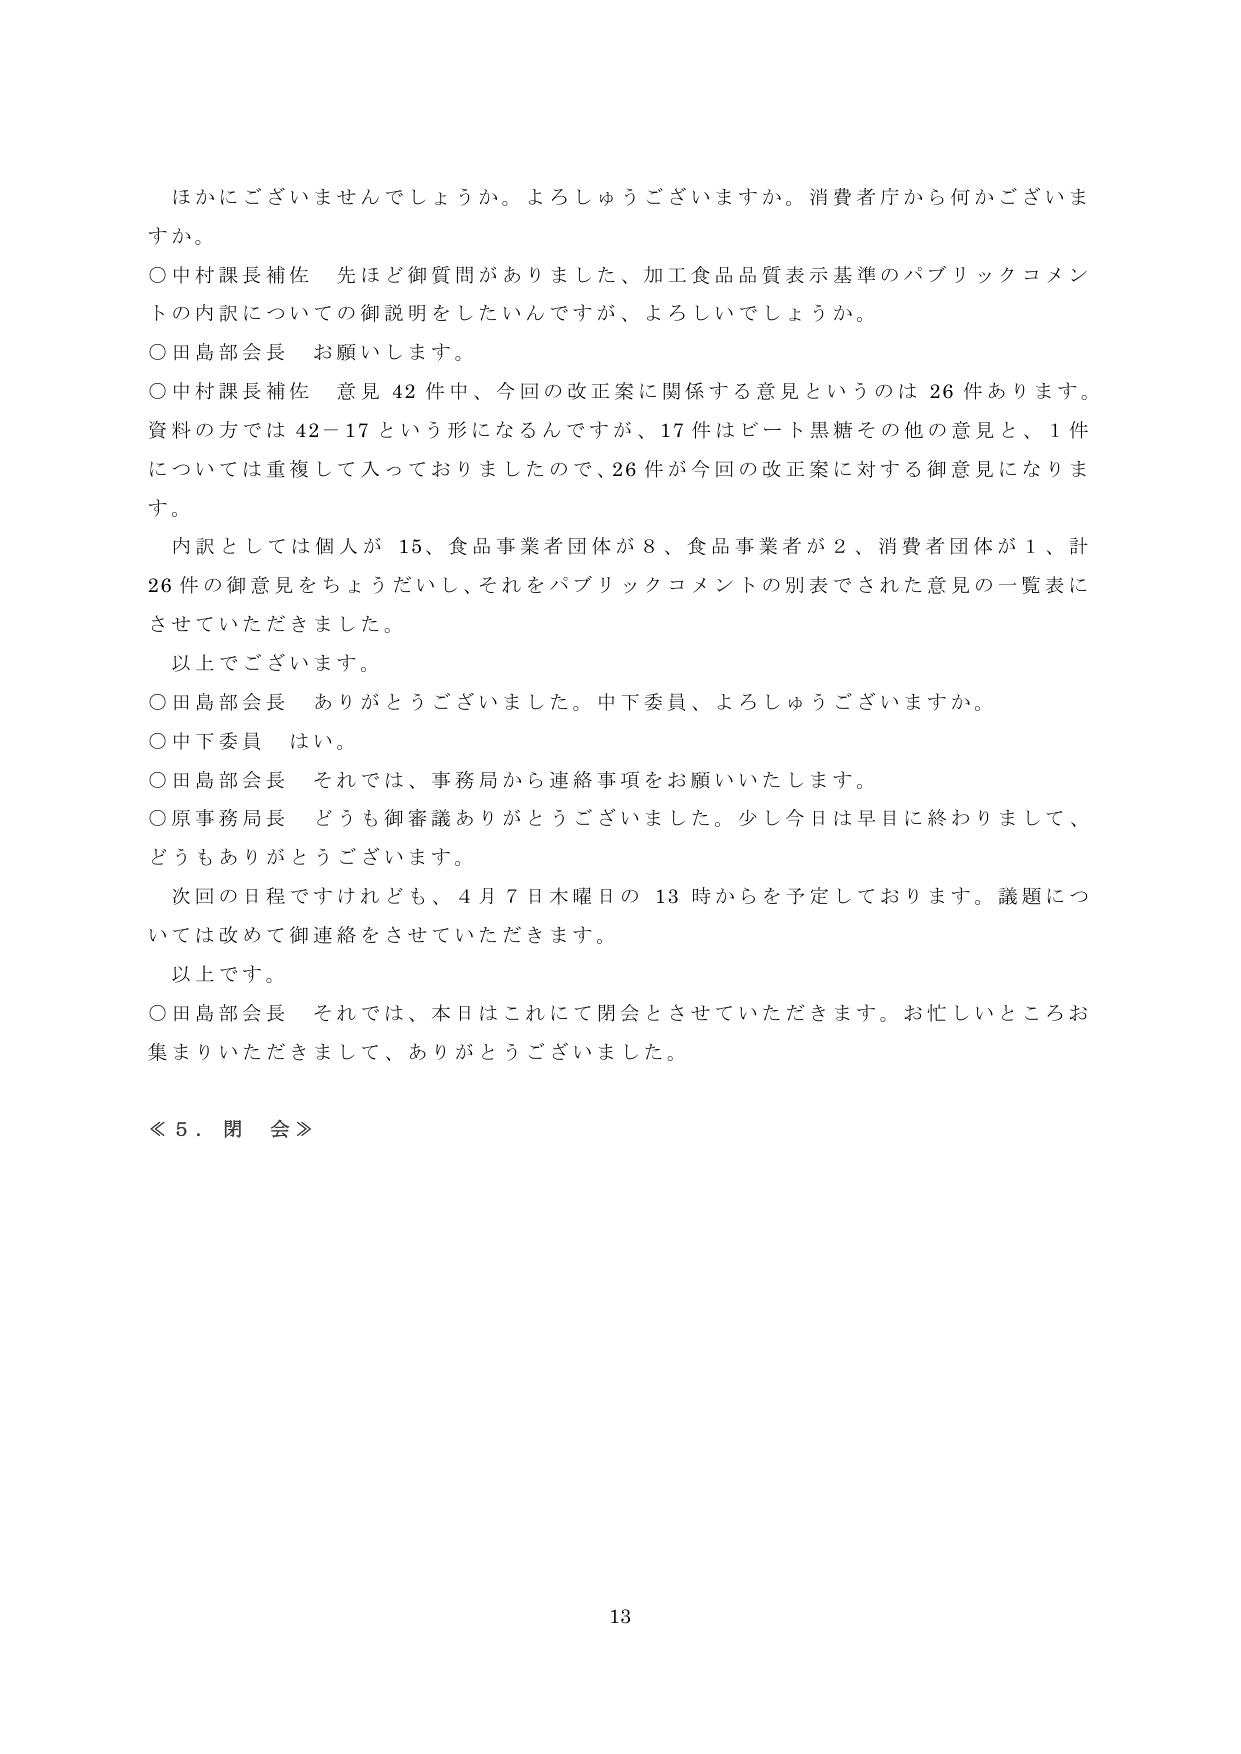
ほかにございませんでしょうか。よろしゅうございますか。消費者庁から何かございますか。

○中村課長補佐　先ほど御質問がありました、加工食品品質表示基準のパブリックコメントの内訳についての御説明をしたいんですが、よろしいでしょうか。

○田島部会長　お願いします。

○中村課長補佐　意見42件中、今回の改正案に関係する意見というのは26件あります。資料の方では42-17という形になるんですが、17件はビート黒糖その他の意見と、1件については重複して入っておりましたので、26件が今回の改正案に対する御意見になります。

　内訳としては個人が15、食品事業者団体が8、食品事業者が2、消費者団体が1、計26件の御意見をちょうだいし、それをパブリックコメントの別表でされた意見の一覧表にさせていただきました。

　以上でございます。

○田島部会長　ありがとうございました。中下委員、よろしゅうございますか。

○中下委員　はい。

○田島部会長　それでは、事務局から連絡事項をお願いいたします。

○原事務局長　どうも御審議ありがとうございました。少し今日は早目に終わりまして、どうもありがとうございます。

　次回の日程ですけれども、4月7日木曜日の13時からを予定しております。議題については改めて御連絡をさせていただきます。

　以上です。

○田島部会長　それでは、本日はこれにて閉会とさせていただきます。お忙しいところお集まりいただきまして、ありがとうございました。

≪５．閉会≫

13